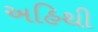
અહિથી